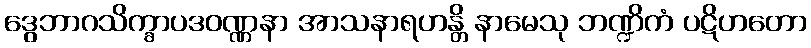
ဒွေဘာဂသိက္ခာပဒဝဏ္ဏနာ အာသနာရဟန္တိ နာမေသု ဘဏ္ဍိကံ ပဋိဟတော